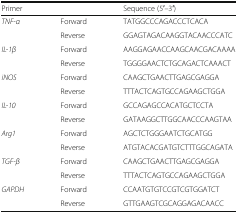
<table><thead><tr><td colspan="2"><b>Primer</b></td><td><b>Sequence (5′–3′)</b></td></tr></thead><tbody><tr><td rowspan="2"><i>TNF-α</i></td><td>Forward</td><td>TATGGCCCAGACCCTCACA</td></tr><tr><td>Reverse</td><td>GGAGTAGACAAGGTACAACCCATC</td></tr><tr><td rowspan="2"><i>IL-1β</i></td><td>Forward</td><td>AAGGAGAACCAAGCAACGACAAAA</td></tr><tr><td>Reverse</td><td>TGGGGAACTCTGCAGACTCAAACT</td></tr><tr><td rowspan="2"><i>iNOS</i></td><td>Forward</td><td>CAAGCTGAACTTGAGCGAGGA</td></tr><tr><td>Reverse</td><td>TTTACTCAGTGCCAGAAGCTGGA</td></tr><tr><td rowspan="2"><i>IL-10</i></td><td>Forward</td><td>GCCAGAGCCACATGCTCCTA</td></tr><tr><td>Reverse</td><td>GATAAGGCTTGGCAACCCAAGTAA</td></tr><tr><td rowspan="2"><i>Arg1</i></td><td>Forward</td><td>AGCTCTGGGAATCTGCATGG</td></tr><tr><td>Reverse</td><td>ATGTACACGATGTCTTTGGCAGATA</td></tr><tr><td rowspan="2"><i>TGF-β</i></td><td>Forward</td><td>CAAGCTGAACTTGAGCGAGGA</td></tr><tr><td>Reverse</td><td>TTTACTCAGTGCCAGAAGCTGGA</td></tr><tr><td rowspan="2"><i>GAPDH</i></td><td>Forward</td><td>CCAATGTGTCCGTCGTGGATCT</td></tr><tr><td>Reverse</td><td>GTTGAAGTCGCAGGAGACAACC</td></tr></tbody></table>